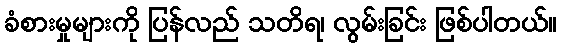
ခံစားမှုများကို ပြန်လည် သတိရ၊ လွမ်းခြင်း ဖြစ်ပါတယ်။